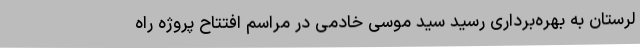
لرستان به بهره‌برداری رسید سید موسی خادمی در مراسم افتتاح پروژه راه